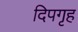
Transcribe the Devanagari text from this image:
दिपगृह